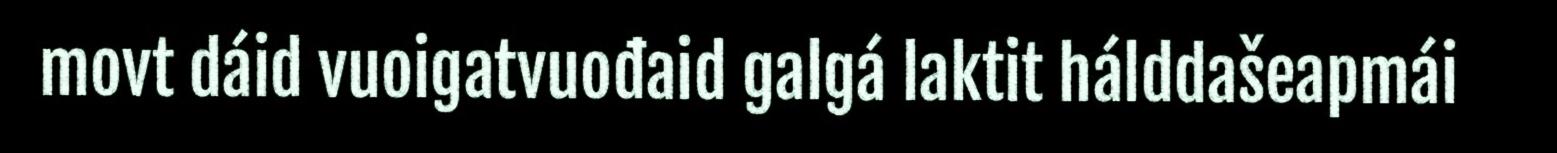
movt dáid vuoigatvuođaid galgá laktit hálddašeapmái